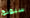
سيونج